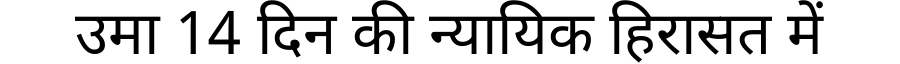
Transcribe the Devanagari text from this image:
उमा 14 दिन की न्यायिक हिरासत में